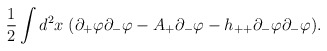
\begin{align*}\frac{1}{2}\int d^{2}x \;(\partial_{+}\varphi\partial_{-}\varphi -A_{+}\partial_{-}\varphi - h_{++}\partial_{-}\varphi\partial_{-}\varphi).\end{align*}